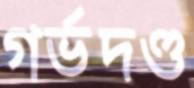
গর্ভদণ্ড